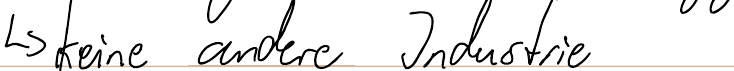
-> keine andere Industrie